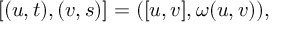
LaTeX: [ ( u , t ) , ( v , s ) ] = ( [ u , v ] , \omega ( u , v ) ) ,